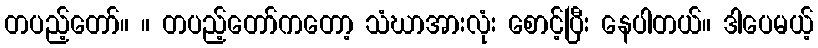
တပည့်တော်။ ။ တပည့်တော်ကတော့ သံဃာအားလုံး စောင့်ပြီး နေပါတယ်။ ဒါပေမယ့်